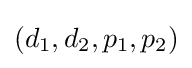
(d_{1},d_{2},p_{1},p_{2})